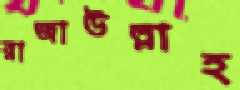
রাজাউল্লাহ